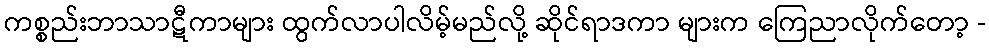
ကစ္စည်းဘာသာဋီကာများ ထွက်လာပါလိမ့်မည်လို့ ဆိုင်ရာဒကာ များက ကြေညာလိုက်တော့ -